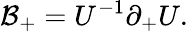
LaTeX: {\cal B}_{+}=U^{-1}\partial_{+}U.